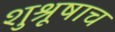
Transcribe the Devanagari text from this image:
शुश्रूषाच